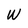
Character: W